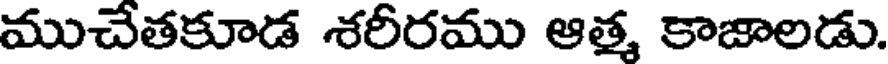
ముచేతకూడ శరీరము ఆత్మ కాజాలడు.